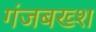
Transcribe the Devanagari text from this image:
गंजबख्श